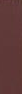
ا